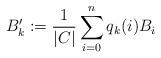
LaTeX: \begin{align*}B'_k:=\frac{1}{|C|}\sum_{i=0}^n q_k(i)B_i \end{align*}